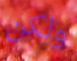
ولكن